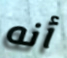
أنه